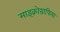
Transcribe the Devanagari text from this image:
माइक्रोग्राफिया